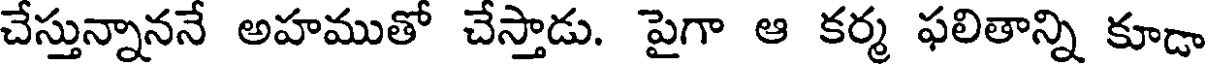
చేస్తున్నాననే అహముతో చేస్తాడు. పైగా ఆ కర్మ ఫలితాన్ని కూడా